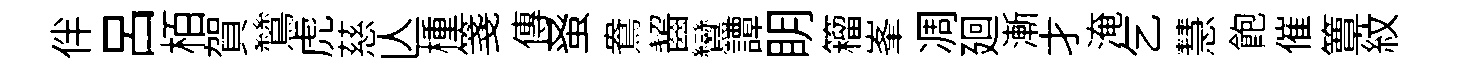
伴吕栢賀鷥虎慈亾㮔箋傳𫊫鴦齧鸞譚眀籕峯凋廻漸才淹乞慧飽催簟紋